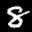
Label: 8